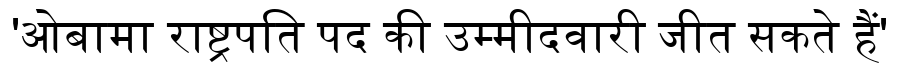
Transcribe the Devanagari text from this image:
'ओबामा राष्ट्रपति पद की उम्मीदवारी जीत सकते हैं'